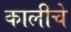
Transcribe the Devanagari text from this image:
कालीचे